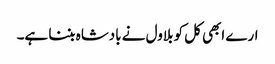
ارے ابھی کل کو بلاول نے بادشاہ بننا ہے۔